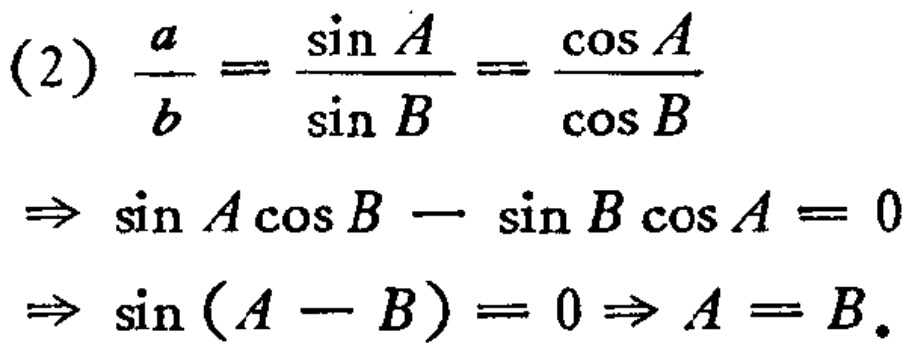
(2) \(\frac{a}{b}=\frac{\sin A}{\sin B}=\frac{\cos A}{\cos B}\)
\(\Rightarrow \sin A\cos B - \sin B\cos A = 0\)
\(\Rightarrow \sin(A - B)=0\Rightarrow A = B\)